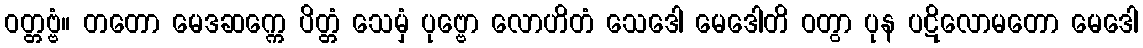
ဝတ္တဗ္ဗံ။ တတော မေဒဆက္ကေ ပိတ္တံ သေမှံ ပုဗ္ဗော လောဟိတံ သေဒေါ မေဒေါတိ ဝတွာ ပုန ပဋိလောမတော မေဒေါ